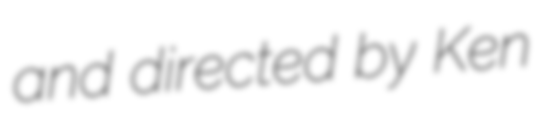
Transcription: and directed by Ken